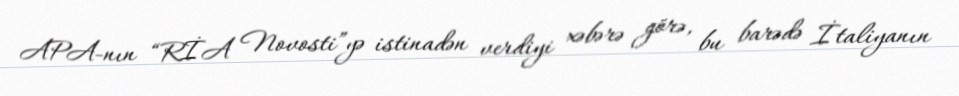
APA-nın “RİA Novosti”yə istinadən verdiyi xəbərə görə, bu barədə İtaliyanın